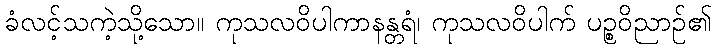
ခံလင့်သကဲ့သို့သော။ ကုသလဝိပါကာနန္တရံ၊ ကုသလဝိပါက် ပဉ္စဝိညာဉ်၏